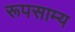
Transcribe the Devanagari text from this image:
रूपसाम्य